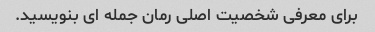
برای معرفی شخصیت اصلی رمان جمله ای بنویسید.